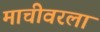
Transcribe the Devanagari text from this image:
माचीवरला